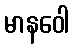
မာနဝေါ